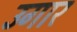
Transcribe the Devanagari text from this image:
उगार